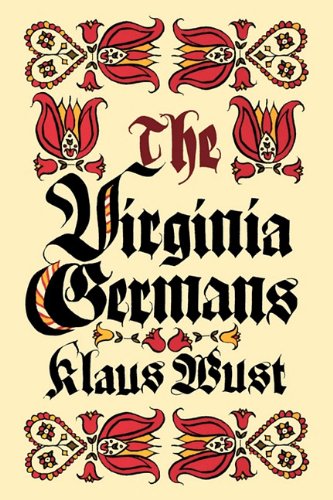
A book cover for The Virginia Germans; Klaus Wust; Travel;